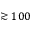
\gtrsim 1 0 0